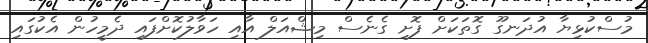
މުސްކުޅިޔާ އުދަނގޫ ގޮތަކަށް ފޮށި ގެނެސް މިޝްއަލް އާއި ހަވާލުކޮށްފައި ދެމީހުން އެކުގައި